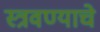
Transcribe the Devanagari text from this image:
स्त्रवण्याचे